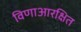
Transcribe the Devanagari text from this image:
विणाआरक्षित